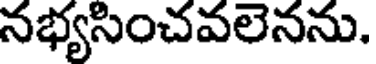
నభ్యసించవలెనను.